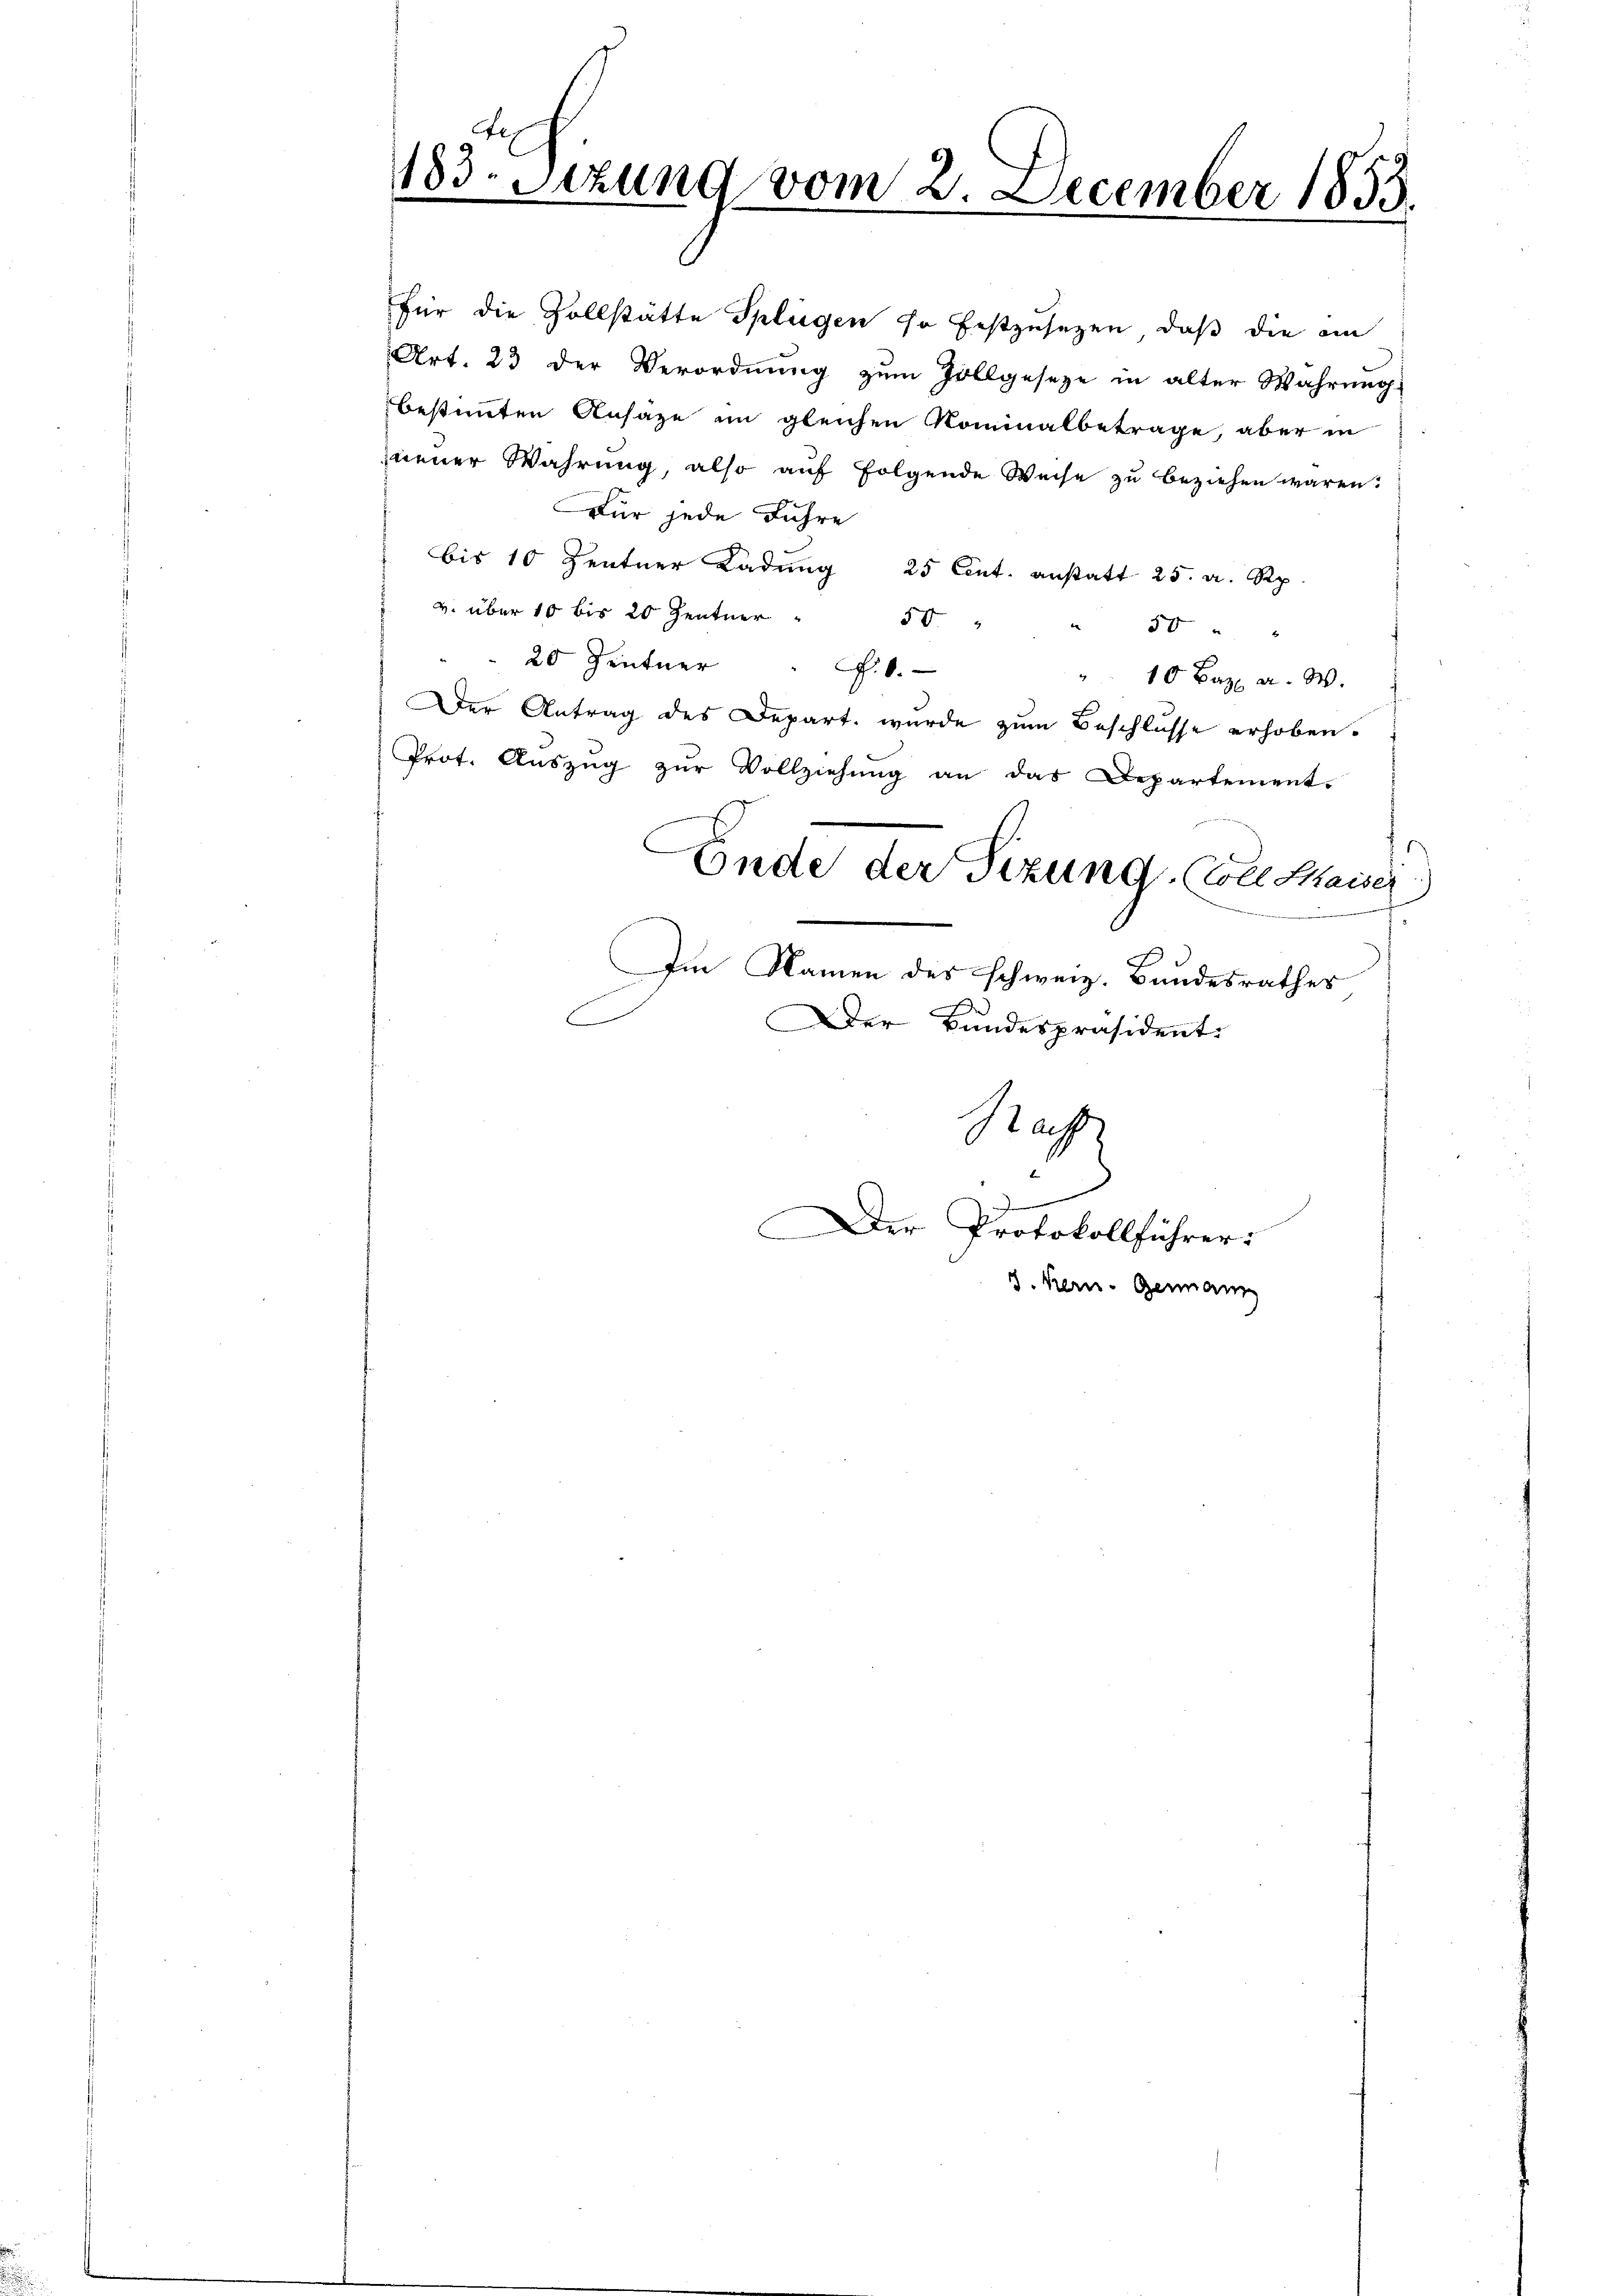
für die Vollstätte Splügen so festzusetzen, daß die am
Art. 23 der Verordnung zum Zollgeseze in alter Wahrung
bestimmten Ansage im gleichen Nominalbetrage, aber in
neuer Wahrung, also auf folgende Weise zŭ beziehen waren.
Für jede Fuhre
bis 10 Zentner Ladung 25 Cent. anstatt 25. a. Rp
v. über 10 bis 20 Zentner
50
50
20 Zentner " 6.
"10 Baz a. W.
Der Antrag des Depart wurde zum Beschlusse erhoben.
Prot. Auszug zur Vollziehung an das Departement.
Ende der Sitzung. (Coll. Maiser
Im Namen des schweiz. Bundesrathes
Der Bundespräsident.
Nach
Der Protokollführer:
3. Kern- Genann

183. Sitzung vom 2. December 1855.